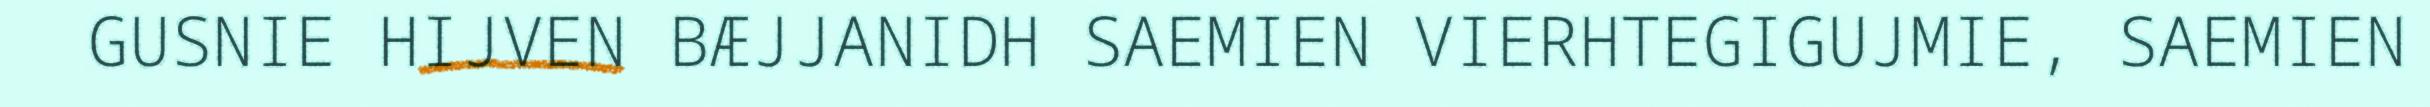
GUSNIE HIJVEN BÆJJANIDH SAEMIEN VIERHTEGIGUJMIE, SAEMIEN